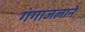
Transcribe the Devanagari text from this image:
गंगाजलाने